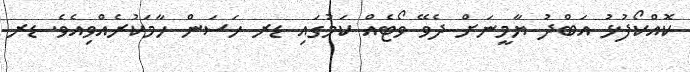
ކޮއްކޯފުޅު އަބްދު ޔާމީނަށް ދެވޭ ވޯޓެއް ކަމުގައި ޑރ ހަސަން ހާމަކުރެއްވިއެވެ. ޑރ